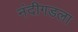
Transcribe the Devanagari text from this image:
नंदीगडला